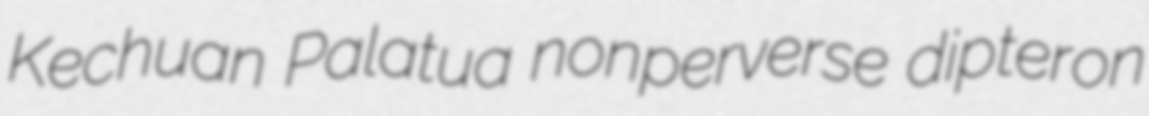
Kechuan Palatua nonperverse dipteron